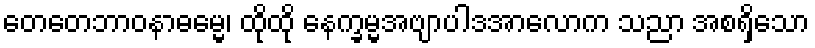
တေတေဘာဝနာဓမ္မေ၊ ထိုထို နေက္ခမ္မအဗျာပါဒအာလောက သညာ အစရှိသော